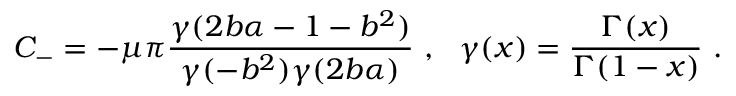
C _ { - } = - \mu \pi \frac { \gamma ( 2 b \alpha - 1 - b ^ { 2 } ) } { \gamma ( - b ^ { 2 } ) \gamma ( 2 b \alpha ) } ~ , ~ ~ \gamma ( x ) = \frac { \Gamma ( x ) } { \Gamma ( 1 - x ) } ~ .